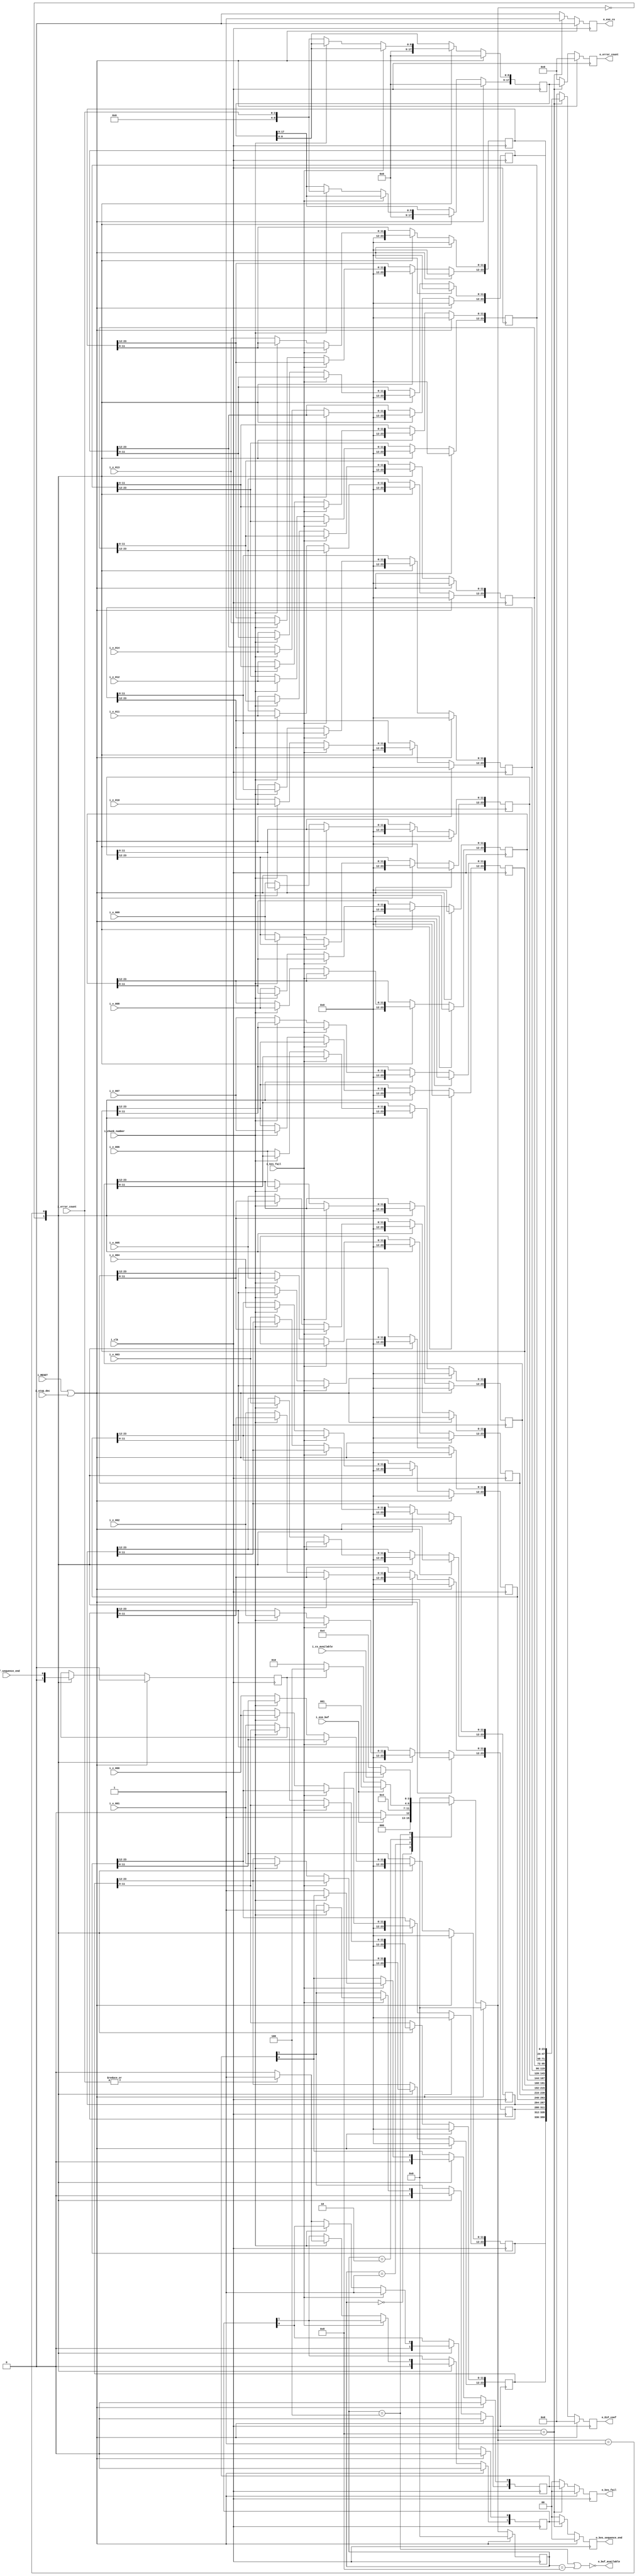
//////////////////////////////////////////////////////////////////////////////////
// d_KES_CS_buffer.v for Cosmos OpenSSD
// Copyright (c) 2015 Hanyang University ENC Lab.
// Contributed by Jinwoo Jeong <jwjeong@enc.hanyang.ac.kr>
//                Ilyong Jung <iyjung@enc.hanyang.ac.kr>
//                Yong Ho Song <yhsong@enc.hanyang.ac.kr>
//
// This file is part of Cosmos OpenSSD.
//
// Cosmos OpenSSD is free software; you can redistribute it and/or modify
// it under the terms of the GNU General Public License as published by
// the Free Software Foundation; either version 3, or (at your option)
// any later version.
//
// Cosmos OpenSSD is distributed in the hope that it will be useful,
// but WITHOUT ANY WARRANTY; without even the implied warranty of
// MERCHANTABILITY or FITNESS FOR A PARTICULAR PURPOSE.
// See the GNU General Public License for more details.
//
// You should have received a copy of the GNU General Public License
// along with Cosmos OpenSSD; see the file COPYING.
// If not, see <http://www.gnu.org/licenses/>. 
//////////////////////////////////////////////////////////////////////////////////

//////////////////////////////////////////////////////////////////////////////////
// Company: ENC Lab. <http://enc.hanyang.ac.kr>
//           Ilyong Jung <iyjung@enc.hanyang.ac.kr>
// 
// Project Name: Cosmos OpenSSD
// Design Name: BCH decoder (page decoder) ELP buffer
// Module Name: d_KES_CS_buffer
//
// Version: v1.0.0
//
// Description: Error location polynomial's coefficient buffer between KES and CS
//
//////////////////////////////////////////////////////////////////////////////////

//////////////////////////////////////////////////////////////////////////////////
// Revision History:
//
// * v1.0.0
//   - first draft 
//////////////////////////////////////////////////////////////////////////////////

`timescale 1ns / 1ps

module d_KES_CS_buffer
#(
	parameter	Multi	            = 2,
	parameter	GaloisFieldDegree	= 12,
	parameter	MaxErrorCountBits   = 9,
    parameter   ELPCoefficients     = 15
)
(
	i_clk					,
	i_RESET 				,
	i_stop_dec				,
	
	i_exe_buf				,		
	i_kes_fail				,		
	i_buf_sequence_end		,
	i_chunk_number		    ,
	i_error_count			,
	
	i_v_000					,
	i_v_001					,
	i_v_002					,
	i_v_003					,
	i_v_004					,
	i_v_005					,
	i_v_006					,
	i_v_007					,
	i_v_008					,
	i_v_009					,
	i_v_010					,
	i_v_011					,
	i_v_012					,
	i_v_013					,
	i_v_014					,
	
	i_cs_available			,
	
	o_buf_available			,
	
    o_exe_cs                ,
	o_kes_sequence_end		,
	o_kes_fail				,
	o_error_count			,
	
	o_ELP_coef					
);
	input										                i_clk				;
	input										                i_RESET			    ;
	input										                i_stop_dec			;
    
	input										                i_exe_buf			;
	input										                i_kes_fail			;
	input										                i_buf_sequence_end	;
	input		    							                i_chunk_number	    ;
	input		[3:0]							                i_error_count		;
    
	input		[GaloisFieldDegree - 1:0]			            i_v_000				;
	input		[GaloisFieldDegree - 1:0]			            i_v_001				;
	input		[GaloisFieldDegree - 1:0]			            i_v_002				;
	input		[GaloisFieldDegree - 1:0]			            i_v_003				;
	input		[GaloisFieldDegree - 1:0]			            i_v_004				;
	input		[GaloisFieldDegree - 1:0]			            i_v_005				;
	input		[GaloisFieldDegree - 1:0]			            i_v_006				;
	input		[GaloisFieldDegree - 1:0]			            i_v_007				;
	input		[GaloisFieldDegree - 1:0]			            i_v_008				;
	input		[GaloisFieldDegree - 1:0]			            i_v_009				;
	input		[GaloisFieldDegree - 1:0]			            i_v_010				;
	input		[GaloisFieldDegree - 1:0]			            i_v_011				;
	input		[GaloisFieldDegree - 1:0]			            i_v_012				;
	input		[GaloisFieldDegree - 1:0]			            i_v_013				;
	input		[GaloisFieldDegree - 1:0]			            i_v_014				;
    
	input										                i_cs_available		;
    
	output										                o_buf_available		;
    
    output  reg                                                 o_exe_cs            ;
	output	reg	[Multi - 1:0]					                o_kes_sequence_end	;
	output	reg	[Multi - 1:0]					                o_kes_fail			;
	output	reg	[Multi*MaxErrorCountBits - 1:0]	                o_error_count		;
	
	output	reg	[Multi*GaloisFieldDegree*ELPCoefficients - 1:0]	o_ELP_coef			;
		
	reg										    r_buf_sequence_end;
	reg		[3:0]							    r_cur_state;
	reg		[3:0]							    r_nxt_state;
	reg		[Multi - 1:0]					    r_cs_enable;
	reg		[Multi - 1:0]					    r_kes_fail;
	reg		[Multi*MaxErrorCountBits - 1:0]	    r_error_count;
    
	reg		[Multi*GaloisFieldDegree - 1:0]		r_v_000;
	reg		[Multi*GaloisFieldDegree - 1:0]		r_v_001;
	reg		[Multi*GaloisFieldDegree - 1:0]		r_v_002;
	reg		[Multi*GaloisFieldDegree - 1:0]		r_v_003;
    reg		[Multi*GaloisFieldDegree - 1:0]		r_v_004;
    reg		[Multi*GaloisFieldDegree - 1:0]		r_v_005;
    reg		[Multi*GaloisFieldDegree - 1:0]		r_v_006;
    reg		[Multi*GaloisFieldDegree - 1:0]		r_v_007;
    reg		[Multi*GaloisFieldDegree - 1:0]		r_v_008;
    reg		[Multi*GaloisFieldDegree - 1:0]		r_v_009;
    reg		[Multi*GaloisFieldDegree - 1:0]		r_v_010;
    reg		[Multi*GaloisFieldDegree - 1:0]		r_v_011;
    reg		[Multi*GaloisFieldDegree - 1:0]		r_v_012;
    reg		[Multi*GaloisFieldDegree - 1:0]		r_v_013;
    reg		[Multi*GaloisFieldDegree - 1:0]		r_v_014;
	
	localparam		State_Idle		= 4'b0000;
	localparam		State_Input		= 4'b0001;
	localparam		State_Standby 	= 4'b0010;
	localparam		State_Out_Ready = 4'b0100;
	localparam		State_Output 	= 4'b1000;
	
	assign o_buf_available = !((r_cur_state == State_Out_Ready) || (r_cur_state == State_Output));
	
	
	
	always @ (posedge i_clk) begin
	if (i_RESET || i_stop_dec)
		r_cur_state <= State_Idle;
	else
		r_cur_state <= r_nxt_state;
	end
	
	always @ (*) begin
	if(i_RESET || i_stop_dec)
		r_nxt_state <= State_Idle;
	else begin
			case (r_cur_state)
				State_Idle:
					r_nxt_state <= (i_exe_buf) ? State_Input : State_Idle;
				State_Input:
					r_nxt_state <= State_Standby;
				State_Standby:
					r_nxt_state <= (i_exe_buf) ? State_Input : ( (r_buf_sequence_end) ? State_Out_Ready : State_Standby );
				State_Out_Ready:
					r_nxt_state <= (i_cs_available) ? State_Output : State_Out_Ready;
				State_Output:
					r_nxt_state <= State_Idle;
				default:
					r_nxt_state <= State_Idle;					
			endcase
		end
	end
	
	
	always @ (posedge i_clk) begin
	if (i_RESET || i_stop_dec)
		r_buf_sequence_end <= 0;
	else
		case (r_nxt_state)
			State_Idle: 
				r_buf_sequence_end <= 0;
			State_Input:
				r_buf_sequence_end <= i_buf_sequence_end;
			default:
				r_buf_sequence_end <= r_buf_sequence_end;
		
		endcase
	end
	
	always @ (posedge i_clk) begin
	if (i_RESET || i_stop_dec)
		begin
            o_exe_cs <= 0;
			o_kes_sequence_end <= 0;
			o_kes_fail <= 0;
			o_error_count <= 0;
			
            o_ELP_coef <= 0;
		end
	else begin
		case (r_nxt_state)
			State_Output: 	begin
                                o_exe_cs <= 1'b1;
								o_kes_sequence_end <= r_cs_enable;
								o_kes_fail <= r_kes_fail;
								o_error_count <= r_error_count;
                                
                                o_ELP_coef <= { r_v_000,
                                                r_v_001,
                                                r_v_002,
                                                r_v_003,
                                                r_v_004,
                                                r_v_005,
                                                r_v_006,
                                                r_v_007,
                                                r_v_008,
                                                r_v_009,
                                                r_v_010,
                                                r_v_011,
                                                r_v_012,
                                                r_v_013,
								                r_v_014 };
								
							end
			default: begin
                        o_exe_cs <= 0;
						o_kes_sequence_end <= 0;
						o_kes_fail <= 0;
						o_error_count <= 0;
						
						o_ELP_coef <= 0;
                    end
			endcase
		end
	end
	
	always @ (posedge i_clk) begin
	if (i_RESET || i_stop_dec)
		begin
			r_cs_enable <= 0;
			r_kes_fail <= 0;
			r_error_count <= 0;
			r_v_000 <= 0;
			r_v_001 <= 0;
			r_v_002 <= 0;
			r_v_003 <= 0;
			r_v_004 <= 0;
			r_v_005 <= 0;
			r_v_006 <= 0;
			r_v_007 <= 0;
			r_v_008 <= 0;
			r_v_009 <= 0;
			r_v_010 <= 0;
			r_v_011 <= 0;
			r_v_012 <= 0;
			r_v_013 <= 0;
			r_v_014 <= 0;
		end
	else begin
		case (r_nxt_state)
			State_Idle:	begin
							r_cs_enable <= 0;
							r_kes_fail <= 0;
							r_error_count <= 0;
							r_v_000 <= 0;
							r_v_001 <= 0;
							r_v_002 <= 0;
							r_v_003 <= 0;
							r_v_004 <= 0;
							r_v_005 <= 0;
							r_v_006 <= 0;
							r_v_007 <= 0;
							r_v_008 <= 0;
							r_v_009 <= 0;
							r_v_010 <= 0;
							r_v_011 <= 0;
							r_v_012 <= 0;
							r_v_013 <= 0;
							r_v_014 <= 0;
						end
			State_Input: begin
						if (i_kes_fail) begin
							case (i_chunk_number)
							1'b0: begin
								r_kes_fail[0] <= 1'b1;
                                r_cs_enable[0] <= 1'b1;
                                end
							1'b1: begin
								r_kes_fail[1] <= 1'b1;
                                r_cs_enable[0] <= 1'b1;
                                end
							endcase
							r_error_count <= r_error_count;
							r_v_000 <= r_v_000;
							r_v_001 <= r_v_001;
							r_v_002 <= r_v_002;
							r_v_003 <= r_v_003;
							r_v_004 <= r_v_004;
							r_v_005 <= r_v_005;
							r_v_006 <= r_v_006;
							r_v_007 <= r_v_007;
							r_v_008 <= r_v_008;
							r_v_009 <= r_v_009;
							r_v_010 <= r_v_010;
							r_v_011 <= r_v_011;
							r_v_012 <= r_v_012;
							r_v_013 <= r_v_013;
							r_v_014 <= r_v_014;
							end
						else begin
							r_kes_fail <= r_kes_fail;
							case (i_chunk_number)
							1'b0: begin
                                r_cs_enable[0] <= (|i_error_count) ? 1'b1 : 1'b0;
								r_error_count[MaxErrorCountBits*1 - 1:MaxErrorCountBits*(1 - 1)] <= i_error_count;
								r_v_000[GaloisFieldDegree*1 - 1:GaloisFieldDegree*(1 - 1)] <= i_v_000;
								r_v_001[GaloisFieldDegree*1 - 1:GaloisFieldDegree*(1 - 1)] <= i_v_001;
								r_v_002[GaloisFieldDegree*1 - 1:GaloisFieldDegree*(1 - 1)] <= i_v_002;
								r_v_003[GaloisFieldDegree*1 - 1:GaloisFieldDegree*(1 - 1)] <= i_v_003;
								r_v_004[GaloisFieldDegree*1 - 1:GaloisFieldDegree*(1 - 1)] <= i_v_004;
								r_v_005[GaloisFieldDegree*1 - 1:GaloisFieldDegree*(1 - 1)] <= i_v_005;
								r_v_006[GaloisFieldDegree*1 - 1:GaloisFieldDegree*(1 - 1)] <= i_v_006;
								r_v_007[GaloisFieldDegree*1 - 1:GaloisFieldDegree*(1 - 1)] <= i_v_007;
								r_v_008[GaloisFieldDegree*1 - 1:GaloisFieldDegree*(1 - 1)] <= i_v_008;
								r_v_009[GaloisFieldDegree*1 - 1:GaloisFieldDegree*(1 - 1)] <= i_v_009;
								r_v_010[GaloisFieldDegree*1 - 1:GaloisFieldDegree*(1 - 1)] <= i_v_010;
								r_v_011[GaloisFieldDegree*1 - 1:GaloisFieldDegree*(1 - 1)] <= i_v_011;
								r_v_012[GaloisFieldDegree*1 - 1:GaloisFieldDegree*(1 - 1)] <= i_v_012;
								r_v_013[GaloisFieldDegree*1 - 1:GaloisFieldDegree*(1 - 1)] <= i_v_013;
								r_v_014[GaloisFieldDegree*1 - 1:GaloisFieldDegree*(1 - 1)] <= i_v_014;
								end
							1'b1: begin
                                r_cs_enable[1] <= (|i_error_count) ? 1'b1 : 1'b0;
								r_error_count[MaxErrorCountBits*2 - 1:MaxErrorCountBits*(2 - 1)] <= i_error_count;
								r_v_000[GaloisFieldDegree*2 - 1:GaloisFieldDegree*(2 - 1)] <= i_v_000;
								r_v_001[GaloisFieldDegree*2 - 1:GaloisFieldDegree*(2 - 1)] <= i_v_001;
								r_v_002[GaloisFieldDegree*2 - 1:GaloisFieldDegree*(2 - 1)] <= i_v_002;
								r_v_003[GaloisFieldDegree*2 - 1:GaloisFieldDegree*(2 - 1)] <= i_v_003;
								r_v_004[GaloisFieldDegree*2 - 1:GaloisFieldDegree*(2 - 1)] <= i_v_004;
								r_v_005[GaloisFieldDegree*2 - 1:GaloisFieldDegree*(2 - 1)] <= i_v_005;
								r_v_006[GaloisFieldDegree*2 - 1:GaloisFieldDegree*(2 - 1)] <= i_v_006;
								r_v_007[GaloisFieldDegree*2 - 1:GaloisFieldDegree*(2 - 1)] <= i_v_007;
								r_v_008[GaloisFieldDegree*2 - 1:GaloisFieldDegree*(2 - 1)] <= i_v_008;
								r_v_009[GaloisFieldDegree*2 - 1:GaloisFieldDegree*(2 - 1)] <= i_v_009;
								r_v_010[GaloisFieldDegree*2 - 1:GaloisFieldDegree*(2 - 1)] <= i_v_010;
								r_v_011[GaloisFieldDegree*2 - 1:GaloisFieldDegree*(2 - 1)] <= i_v_011;
								r_v_012[GaloisFieldDegree*2 - 1:GaloisFieldDegree*(2 - 1)] <= i_v_012;
								r_v_013[GaloisFieldDegree*2 - 1:GaloisFieldDegree*(2 - 1)] <= i_v_013;
								r_v_014[GaloisFieldDegree*2 - 1:GaloisFieldDegree*(2 - 1)] <= i_v_014;
                                
								end
							
							default: begin
								r_cs_enable <= r_cs_enable;
								r_error_count <= r_error_count;
								r_v_000 <= r_v_000;
								r_v_001 <= r_v_001;
								r_v_002 <= r_v_002;
								r_v_003 <= r_v_003;
								r_v_004 <= r_v_004;
								r_v_005 <= r_v_005;
								r_v_006 <= r_v_006;
								r_v_007 <= r_v_007;
								r_v_008 <= r_v_008;
								r_v_009 <= r_v_009;
								r_v_010 <= r_v_010;
								r_v_011 <= r_v_011;
								r_v_012 <= r_v_012;
								r_v_013 <= r_v_013;
								r_v_014 <= r_v_014;
								end
							endcase
						end
					end
			default:	begin
							r_kes_fail <= r_kes_fail;
							r_cs_enable <= r_cs_enable;
							r_error_count <= r_error_count;
							r_v_000 <= r_v_000;
							r_v_001 <= r_v_001;
							r_v_002 <= r_v_002;
							r_v_003 <= r_v_003;
							r_v_004 <= r_v_004;
							r_v_005 <= r_v_005;
							r_v_006 <= r_v_006;
							r_v_007 <= r_v_007;
							r_v_008 <= r_v_008;
							r_v_009 <= r_v_009;
							r_v_010 <= r_v_010;
							r_v_011 <= r_v_011;
							r_v_012 <= r_v_012;
							r_v_013 <= r_v_013;
							r_v_014 <= r_v_014;
						end
			endcase
		end
	end
endmodule